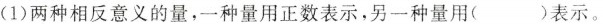
(1)两种相反意义的量，一种量用正数表示，另一种量用()表示。